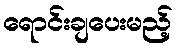
ရောင်းချပေးမည့်